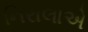
નિરાલાએ